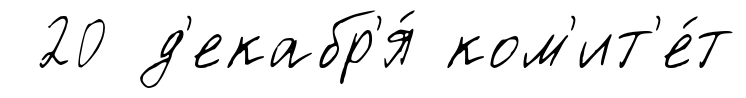
20 д'екабр'я́ ком'ит'е́т